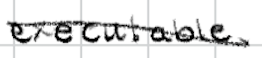
Text: executable
Cross-out: mix
Writing tool: digital_black